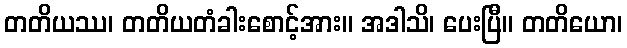
တတိယဿ၊ တတိယတံခါးစောင့်အား။ အဒါသိ၊ ပေးပြီ။ တတိယော၊